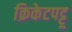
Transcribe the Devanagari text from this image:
क्रिकेटपट्टू